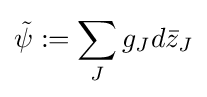
{\tilde {\psi }}:=\sum _{J}g_{J}d{\bar {z}}_{J}